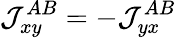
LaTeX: \mathcal{J}_{xy}^{AB}=-\mathcal{J}_{yx}^{AB}